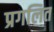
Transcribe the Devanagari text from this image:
प्रगलित